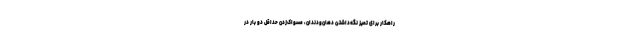
راهکار برای تمیز نگه‌داشتن دهان‌ودندان، مسواک‌زدن حداقل دو بار در